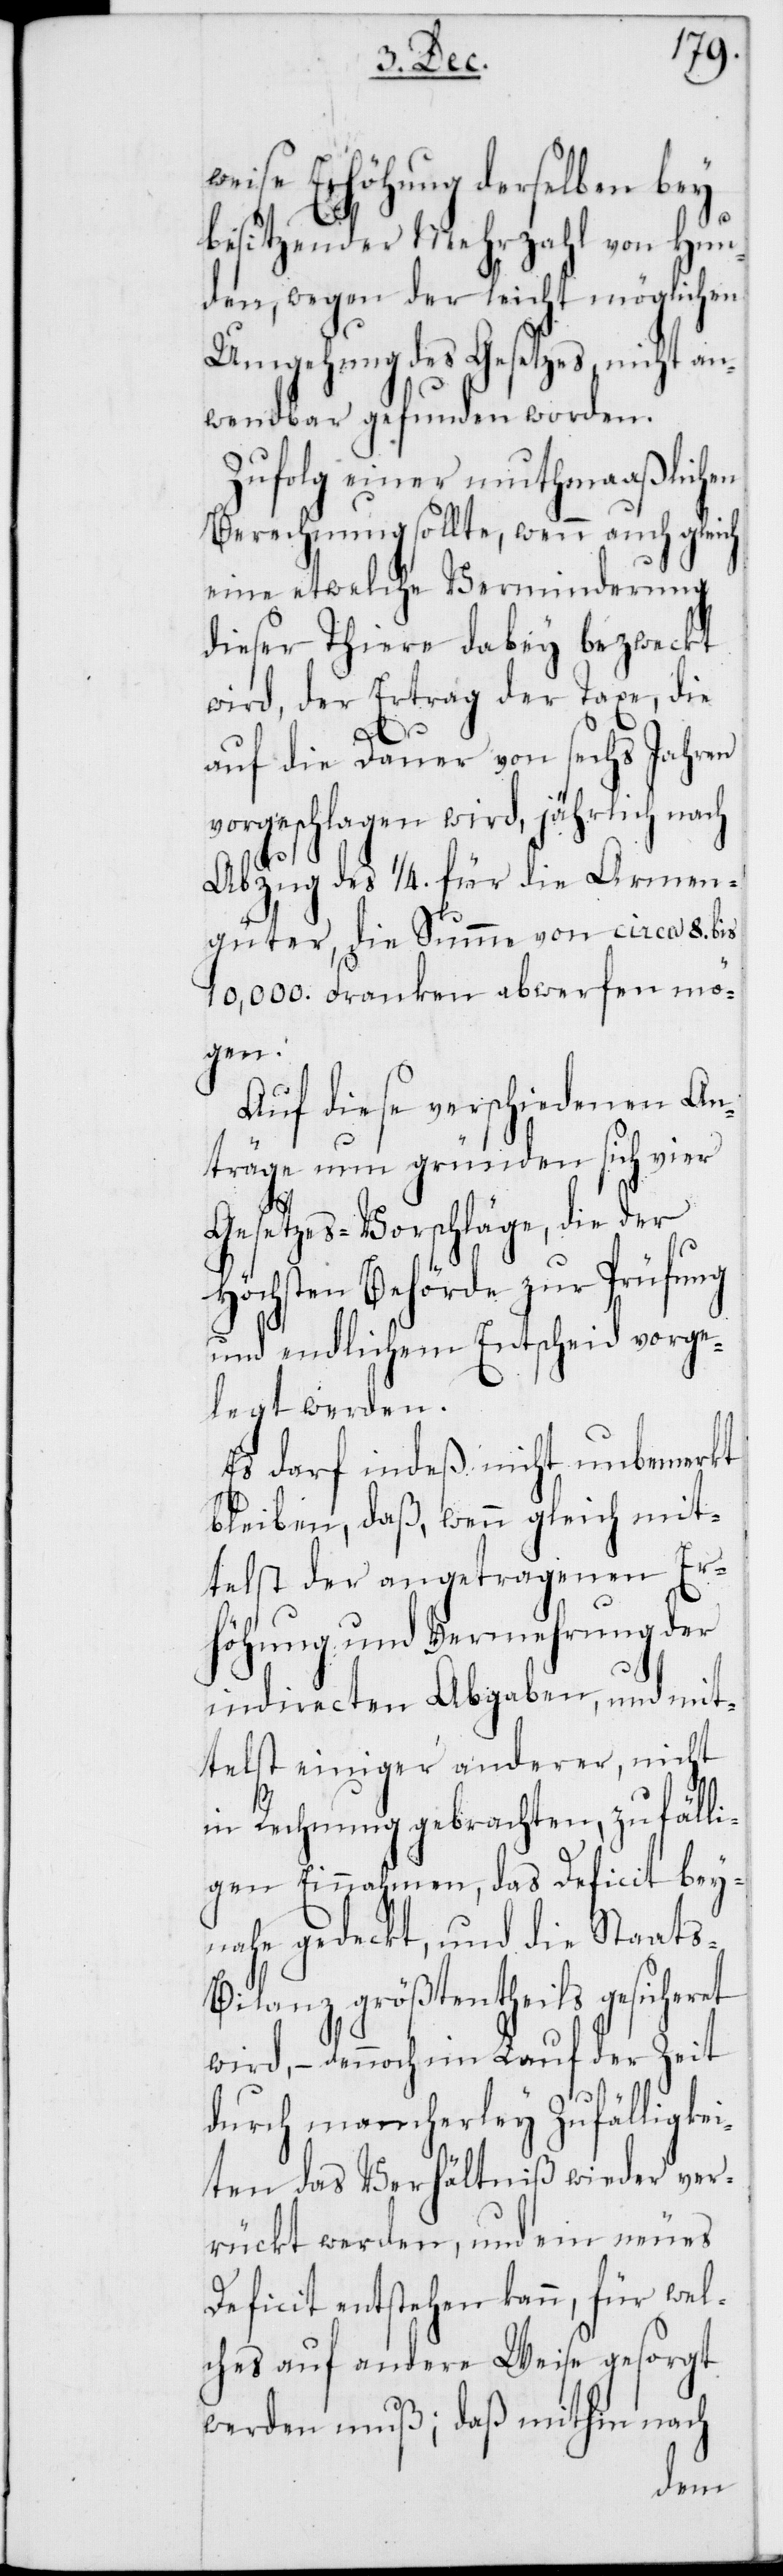
weise Erhöhung derselben bey
besitzender Mehrzahl von Hun¬
den, wegen der leicht möglichen
Umgehung des Gesetzes, nicht an¬
wendbar gefunden worden.
Zufolg einer muthmaaßlichen
Berechnung sollte, wenn auch gleich
eine etwelche Verminderung
dieser Thiere dabey bezweckt
wird, der Ertrag der Taxe, die
auf die Dauer von sechs Jahren
vorgeschlagen wird, jährlich nach
Abzug des 1/4. für die Armen¬
güter, die Summe von circa 8. bis
10,000. Franken abwerfen mö¬
gen.
Auf diese verschiedenen An¬
träge nun gründen sich vier
Gesetzes-Vorschläge, die der
Höchsten Behörde zur Prüfung
und endlichem Entscheid vorge¬
legt werden.
Es darf indeß nicht unbemerkt
bleiben, daß, wenn gleich mit¬
telst der angetragenen Er¬
höhung und Vermehrung der
indirecten Abgaben, und mit¬
telst einiger anderer, nicht
in Rechnung gebrachten, zufälli¬
gen Einnahmen, das Deficit bey¬
nahe gedeckt, und die Staats-B¬
ilanz größtentheils gesicheret
wird, – dennoch im Lauf der Zeit
durch mancherley Zufälligkei¬
ten das Verhältniß wieder ver¬
rückt werden, und ein neues
Deficit entstehen kann, für wel¬
ches auf andere Weise gesorgt
werden muß; daß mithin nach